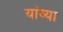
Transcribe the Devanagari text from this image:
यांव्या